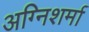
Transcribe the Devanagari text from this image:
अग्निशर्मा